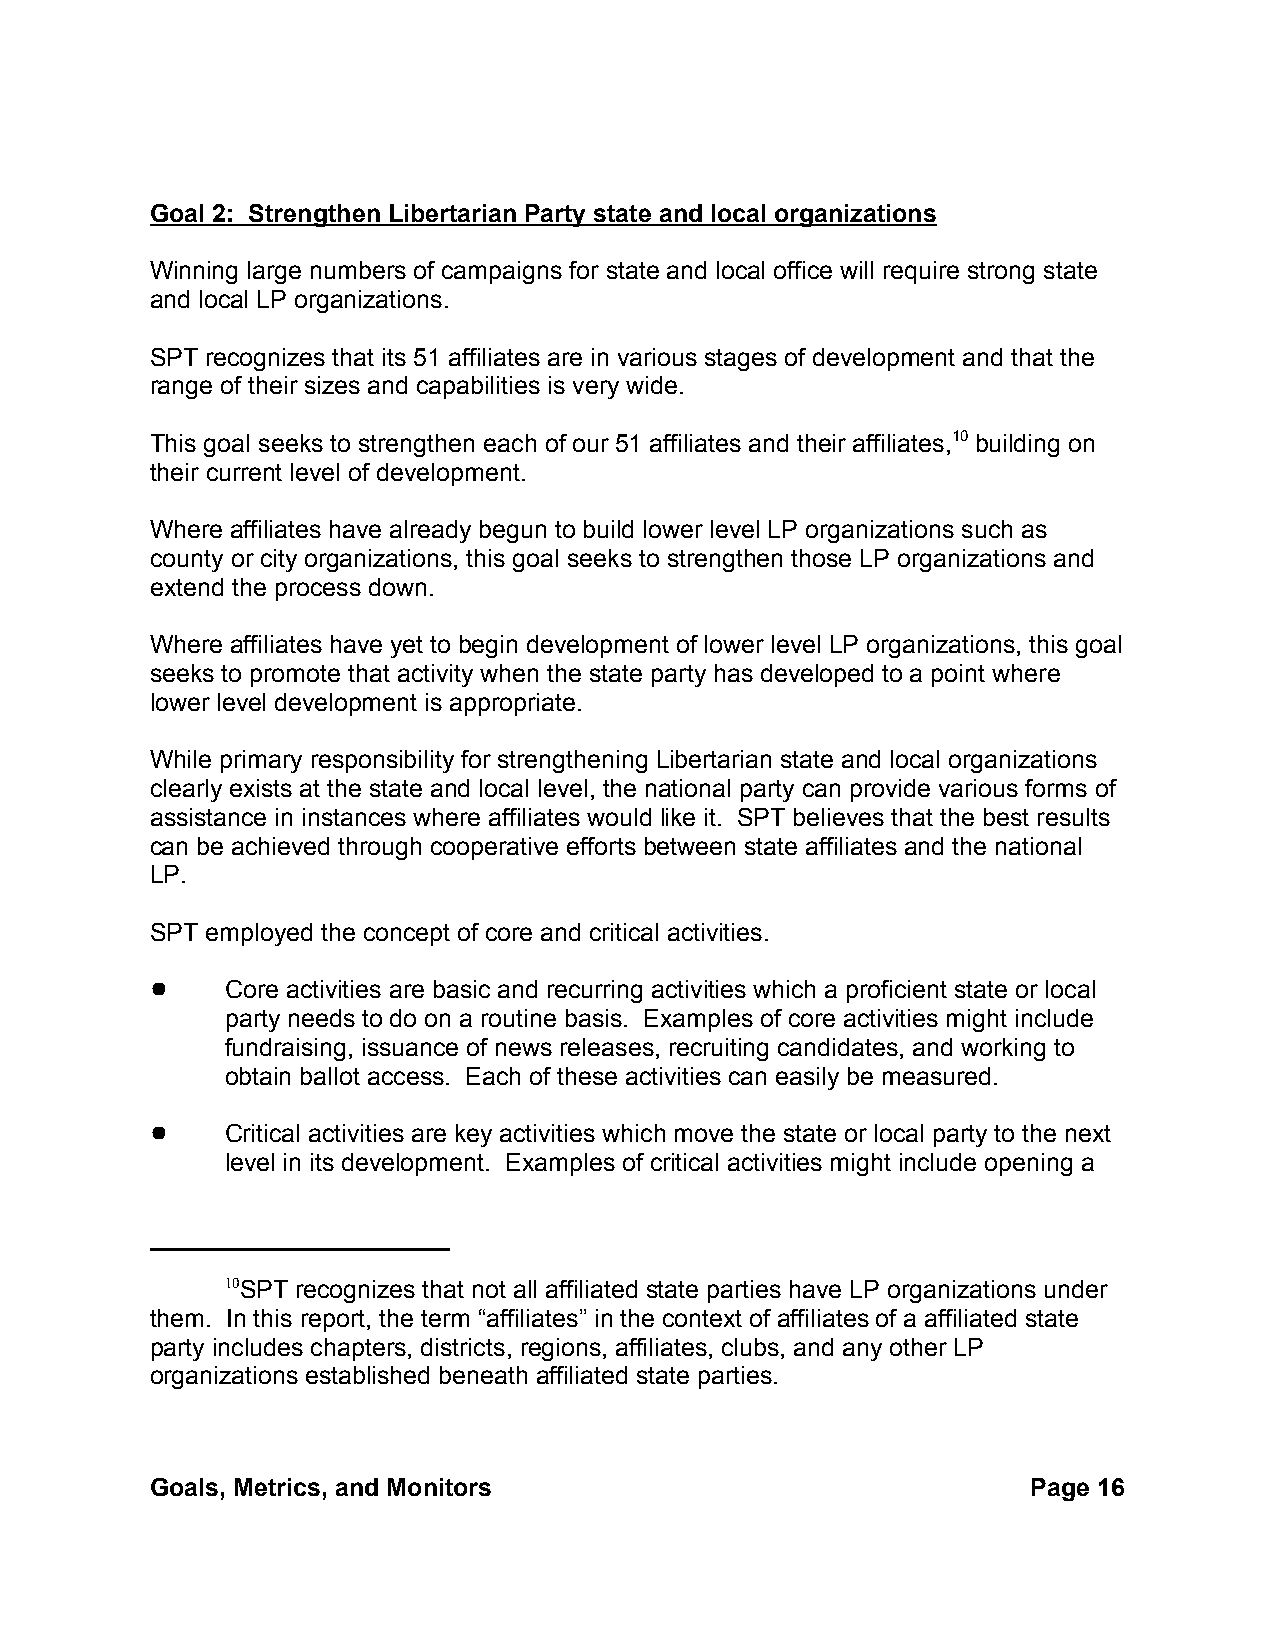
Goal 2: Strengthen Libertarian Party state and local organizations
 Winning large numbers of campaigns for state and local office will require strong state
 and local LP organizations.
 SPT recognizes that its 51 affiliates are in various stages of development and that the
 range of their sizes and capabilities is very wide.
 This goal seeks to strengthen each of our 51 affiliates and their affiliates,10 building on
 their current level of development.
 Where affiliates have already begun to build lower level LP organizations such as
 county or city organizations, this goal seeks to strengthen those LP organizations and
 extend the process down.
 Where affiliates have yet to begin development of lower level LP organizations, this goal
 seeks to promote that activity when the state party has developed to a point where
 lower level development is appropriate.
 While primary responsibility for strengthening Libertarian state and local organizations
 clearly exists at the state and local level, the national party can provide various forms of
 assistance in instances where affiliates would like it. SPT believes that the best results
 can be achieved through cooperative efforts between state affiliates and the national
 LP.
 SPT employed the concept of core and critical activities.
 !    Core activities are basic and recurring activities which a proficient state or local
 party needs to do on a routine basis. Examples of core activities might include
 fundraising, issuance of news releases, recruiting candidates, and working to
 obtain ballot access. Each of these activities can easily be measured.
 !    Critical activities are key activities which move the state or local party to the next
 level in its development. Examples of critical activities might include opening a
 10SPT recognizes that not all affiliated state parties have LP organizations under
 them. In this report, the term “affiliates” in the context of affiliates of a affiliated state
 party includes chapters, districts, regions, affiliates, clubs, and any other LP
 organizations established beneath affiliated state parties.
 Goals, Metrics, and Monitors                              Page 16